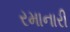
રમાનારી